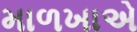
માળખાએ